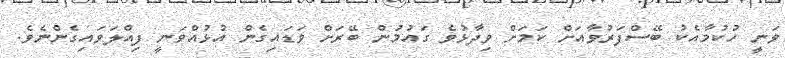
ވަނީ ހުކުމާއެކު ބޭސްފަރުވާއަށް ކަމަށް ވިދާޅުވެ ގައުމުން ބޭރަށް ވަޑައިގެން އުޅުއްވަނީ ފިއްލަވައިގެންނެވެ.